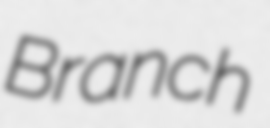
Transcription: Branch